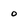
Character: o